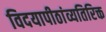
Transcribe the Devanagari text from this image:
विदयापीठांव्यतिरिक्त